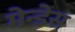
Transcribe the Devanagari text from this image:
मेन्डेस